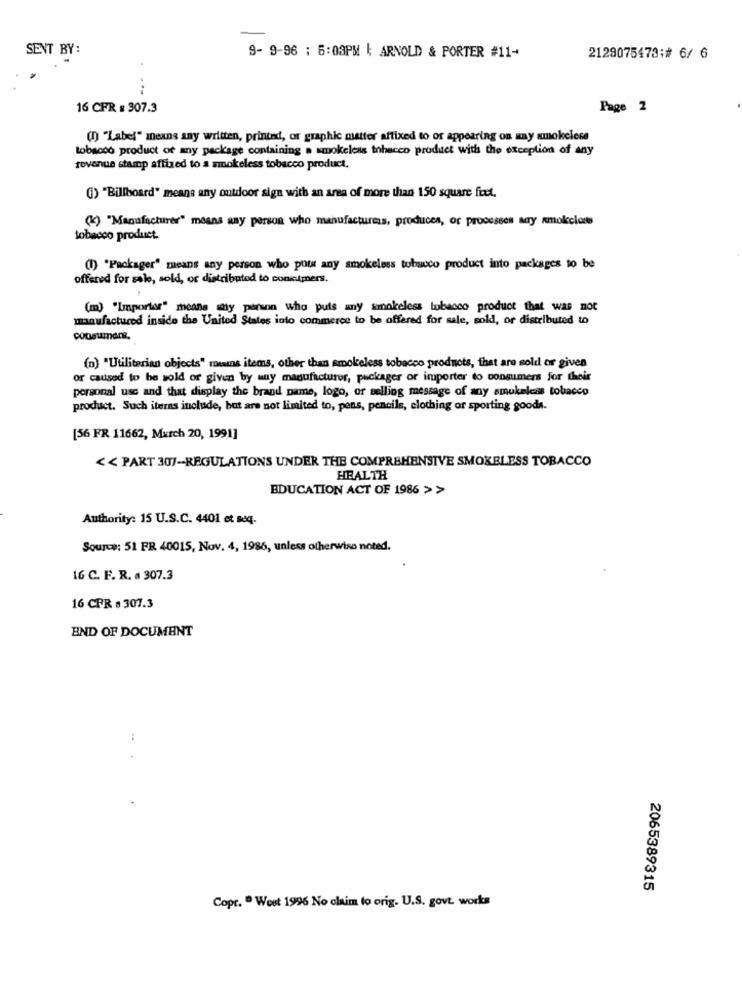
SENT BY:
9- 9-96 : 5:03PM | ARNOLD & PORTER #11-
2129075473;# 6/ 6
16 CFR : 307.3
Page 2
(D) "Label" means any written, printed, or graphic matter affixed to or appearing on may smokeless
tobacco product of any package containing a smokeless tobacco product with the exception of any
revenue stamp affixed to a smokeless tobacco product.
() "Billboard" means any outdoor sign with an area of more than 150 square fit.
(k) "Manufacturer" means any person who manufactures, produces, or processos say amokcloses
tobacco product.
(1) "Packager" means any person who putat any smokeless tubucco product into packages to be
offered for sale, sold, or distributed to coninimers.
(m) "Importar" means stiy person who puis any smokeless tobacco product that was not
manufactured inside the United States into commerce to be offered for sale, cold, or distributed to
consumare.
(n) "Utilitarian objects" reins items, other than smokeless tobacco products, that are sold or given
or caused to be sold or given by muy manufacturer, packager or importer to consumers for their
personal use and that display the brand name, logo, or selling message of any smukeless tobacco
product. Such iteras include, but are not limited to, pens, pencils, clothing or sporting goods.
[56 FR 11662, March 20, 1991]
<< PART 307-REGULATIONS UNDER THE COMPREHENSIVE SMOKELESS TOBACCO
HEALTH
EDUCATION ACT OF 1986 > >
Authority: 15 U.S.C. 4401 et seq.
Source: 51 FR 40015, Nov. 4, 1986, unless otherwise noted.
16 C. F. R. a 307.3
16 CPR · 307.3
END OF DOCUMENT
2065389315
Copr. " West 1996 No claim to orig. U.S. govt works